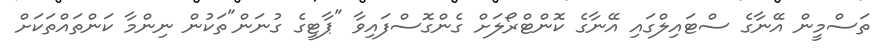
ތަސްމީން އޭނާގެ ސްޓައިލްގައި އޭނާގެ ކޮންޓްރޯލަށް ގެންގޮސްފައިވާ "ޕާޓީގެ ގުނަން"ތަކުން ނިންމާ ކަންތައްތަކަށް